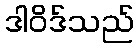
ဒါဝိဒ်သည်